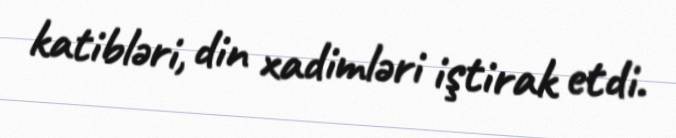
katibləri, din xadimləri iştirak etdi.